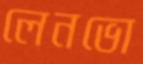
লেনভো